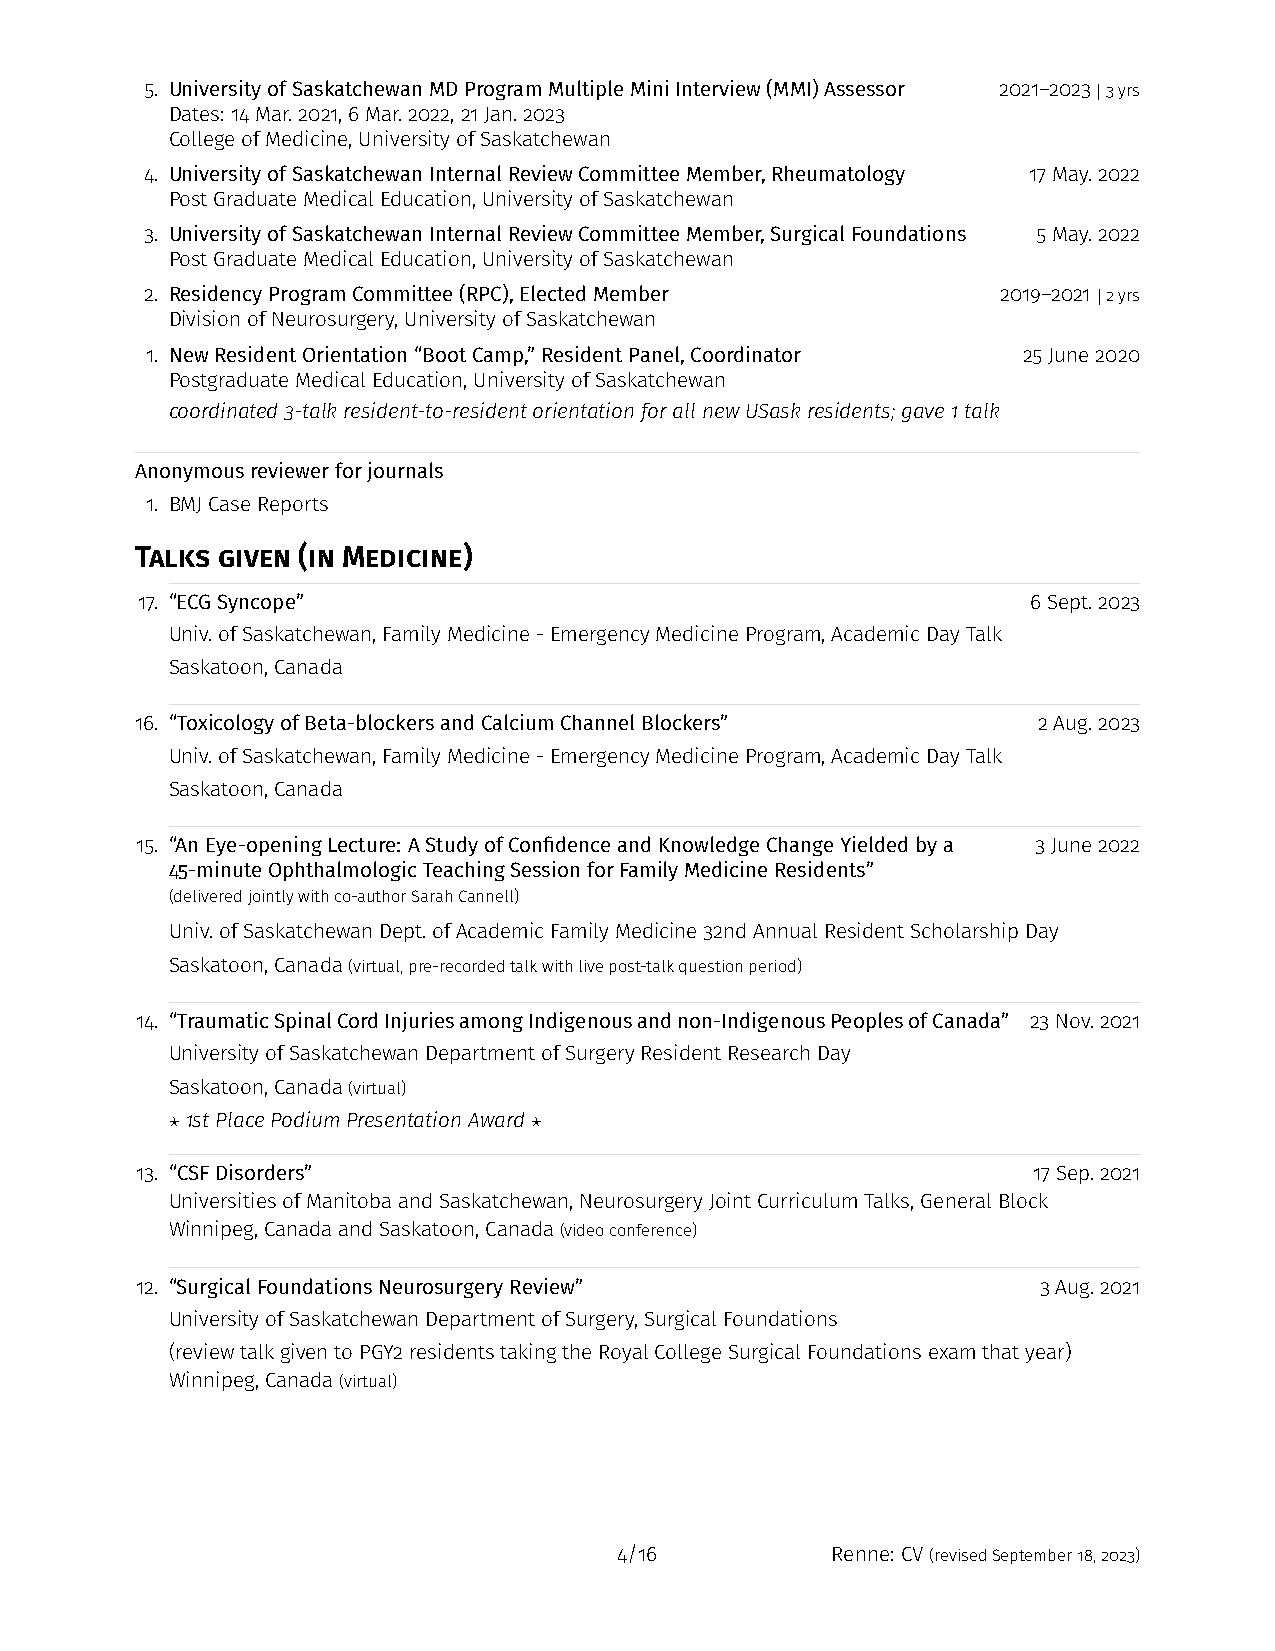
5. UniversityofSaskatchewanMDProgramMultipleMiniInterview(MMI)Assessor 2021–2023 |3yrs
 Dates: 14Mar.2021,6Mar.2022,21Jan.2023
 CollegeofMedicine,UniversityofSaskatchewan
 4. UniversityofSaskatchewanInternalReviewCommitteeMember,Rheumatology 17May.2022
 PostGraduateMedicalEducation,UniversityofSaskatchewan
 3. UniversityofSaskatchewanInternalReviewCommitteeMember,SurgicalFoundations 5May.2022
 PostGraduateMedicalEducation,UniversityofSaskatchewan
 2. ResidencyProgramCommittee(RPC),ElectedMember         2019–2021 |2yrs
 DivisionofNeurosurgery,UniversityofSaskatchewan
 1. NewResidentOrientation“BootCamp,”ResidentPanel,Coordinator 25June2020
 PostgraduateMedicalEducation,UniversityofSaskatchewan
 coordinated3-talkresident-to-residentorientationforallnewUSaskresidents;gave1talk
 Anonymousreviewerforjournals
 1. BMJCaseReports
 Talks given (in Medicine)
 17. “ECGSyncope”                                           6Sept.2023
 Univ.ofSaskatchewan,FamilyMedicine-EmergencyMedicineProgram,AcademicDayTalk
 Saskatoon,Canada
 16. “ToxicologyofBeta-blockersandCalciumChannelBlockers”    2Aug.2023
 Univ.ofSaskatchewan,FamilyMedicine-EmergencyMedicineProgram,AcademicDayTalk
 Saskatoon,Canada
 15. “AnEye-openingLecture: AStudyofConfidenceandKnowledgeChangeYieldedbya 3June2022
 45-minuteOphthalmologicTeachingSessionforFamilyMedicineResidents”
 (deliveredjointlywithco-authorSarahCannell)
 Univ.ofSaskatchewanDept.ofAcademicFamilyMedicine32ndAnnualResidentScholarshipDay
 Saskatoon,Canada(virtual,pre-recordedtalkwithlivepost-talkquestionperiod)
 14. “TraumaticSpinalCordInjuriesamongIndigenousandnon-IndigenousPeoplesofCanada” 23Nov.2021
 UniversityofSaskatchewanDepartmentofSurgeryResidentResearchDay
 Saskatoon,Canada(virtual)
 ⋆1stPlacePodiumPresentationAward⋆
 13. “CSFDisorders”                                         17Sep.2021
 UniversitiesofManitobaandSaskatchewan,NeurosurgeryJointCurriculumTalks,GeneralBlock
 Winnipeg,CanadaandSaskatoon,Canada(videoconference)
 12. “SurgicalFoundationsNeurosurgeryReview”                 3Aug.2021
 UniversityofSaskatchewanDepartmentofSurgery,SurgicalFoundations
 (reviewtalkgiventoPGY2residentstakingtheRoyalCollegeSurgicalFoundationsexamthatyear)
 Winnipeg,Canada(virtual)
 4/16          Renne: CV(revisedSeptember18,2023)